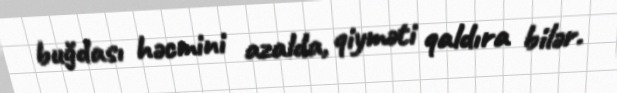
buğdası həcmini azalda, qiyməti qaldıra bilər.